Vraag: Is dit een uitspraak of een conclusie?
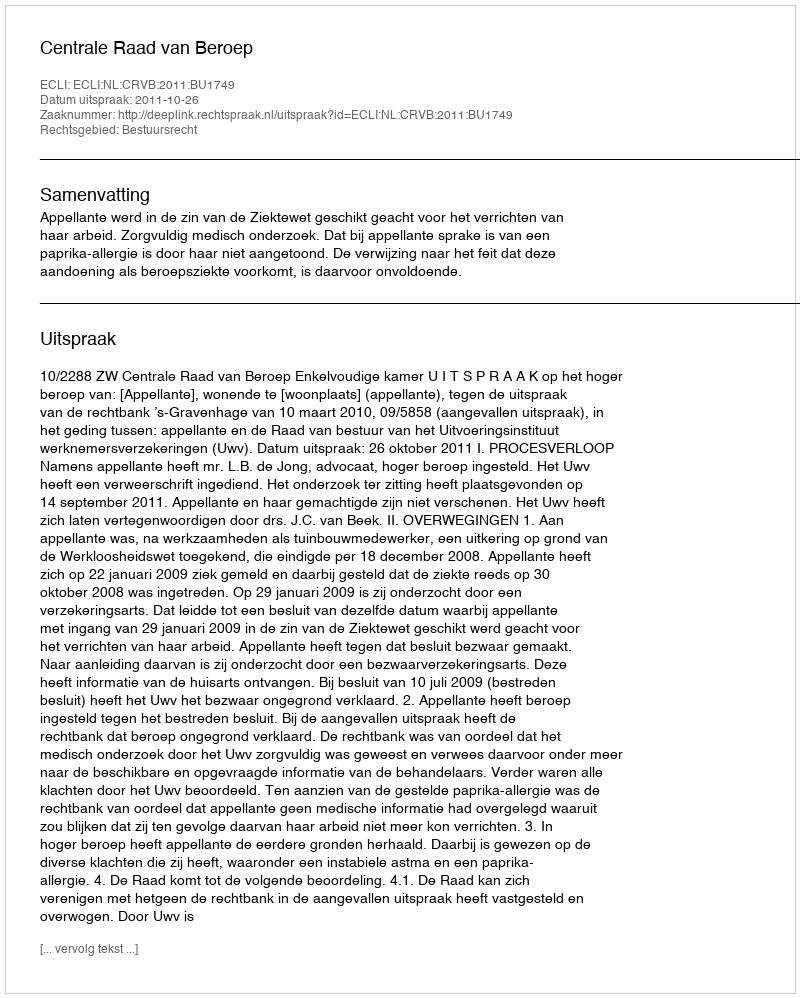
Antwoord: Uitspraak